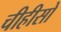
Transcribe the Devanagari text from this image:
चीहीसो